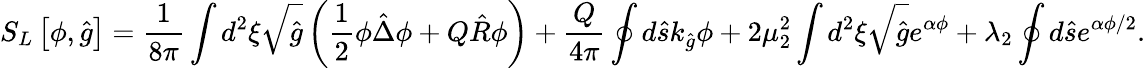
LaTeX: {S_{L}}\left[\phi,\hat{g}\right]={\frac{1}{8\pi}}\int{d^{2}}\xi\sqrt{\hat{g}}\left({\frac{1}{2}}\phi\hat{\Delta}\phi+Q\hat{R}\phi\right)+{\frac{Q}{4\pi}}\oint{d}\hat{s}{k_{\hat{g}}}\phi+2{\mu_{2}^{2}}\int{d^{2}}\xi\sqrt{\hat{g}}{e^{\alpha\phi}}+{\lambda_{2}}\oint{d}\hat{s}{e^{\alpha\phi/2}}.